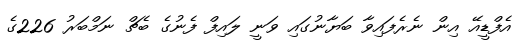
އެފްޑީއޭ އިން ނެރެފައިވާ ބަޔާނުގައި ވަނީ ލައިފް ފެނުގެ ބެޗް ނަމްބަރު 226ގެ